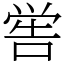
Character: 喾